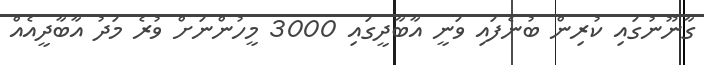
ގާނޫނުގައި ކުރިން ބުނެފައި ވަނީ އާބާދީގައި 3000 މީހުންނަށް ވުރެ މަދު އާބާދީއެއް